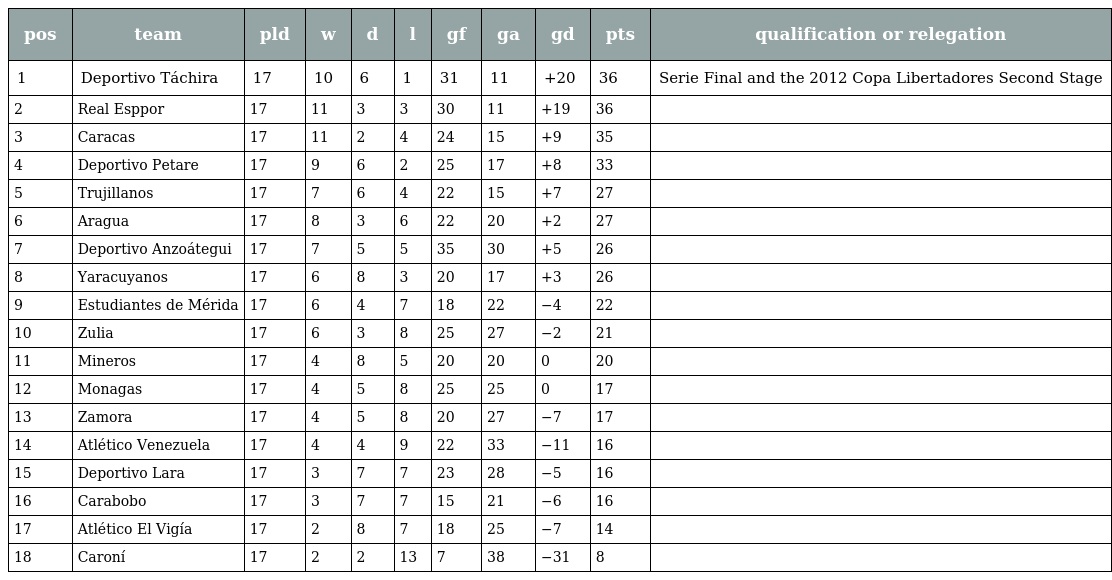
| pos | team | pld | w | d | l | gf | ga | gd | pts | qualification or relegation |
 | --- | --- | --- | --- | --- | --- | --- | --- | --- | --- | --- |
 | 1 | Deportivo Táchira | 17 | 10 | 6 | 1 | 31 | 11 | +20 | 36 | Serie Final and the 2012 Copa Libertadores Second Stage |
 | 2 | Real Esppor | 17 | 11 | 3 | 3 | 30 | 11 | +19 | 36 |  |
 | 3 | Caracas | 17 | 11 | 2 | 4 | 24 | 15 | +9 | 35 |  |
 | 4 | Deportivo Petare | 17 | 9 | 6 | 2 | 25 | 17 | +8 | 33 |  |
 | 5 | Trujillanos | 17 | 7 | 6 | 4 | 22 | 15 | +7 | 27 |  |
 | 6 | Aragua | 17 | 8 | 3 | 6 | 22 | 20 | +2 | 27 |  |
 | 7 | Deportivo Anzoátegui | 17 | 7 | 5 | 5 | 35 | 30 | +5 | 26 |  |
 | 8 | Yaracuyanos | 17 | 6 | 8 | 3 | 20 | 17 | +3 | 26 |  |
 | 9 | Estudiantes de Mérida | 17 | 6 | 4 | 7 | 18 | 22 | −4 | 22 |  |
 | 10 | Zulia | 17 | 6 | 3 | 8 | 25 | 27 | −2 | 21 |  |
 | 11 | Mineros | 17 | 4 | 8 | 5 | 20 | 20 | 0 | 20 |  |
 | 12 | Monagas | 17 | 4 | 5 | 8 | 25 | 25 | 0 | 17 |  |
 | 13 | Zamora | 17 | 4 | 5 | 8 | 20 | 27 | −7 | 17 |  |
 | 14 | Atlético Venezuela | 17 | 4 | 4 | 9 | 22 | 33 | −11 | 16 |  |
 | 15 | Deportivo Lara | 17 | 3 | 7 | 7 | 23 | 28 | −5 | 16 |  |
 | 16 | Carabobo | 17 | 3 | 7 | 7 | 15 | 21 | −6 | 16 |  |
 | 17 | Atlético El Vigía | 17 | 2 | 8 | 7 | 18 | 25 | −7 | 14 |  |
 | 18 | Caroní | 17 | 2 | 2 | 13 | 7 | 38 | −31 | 8 |  |